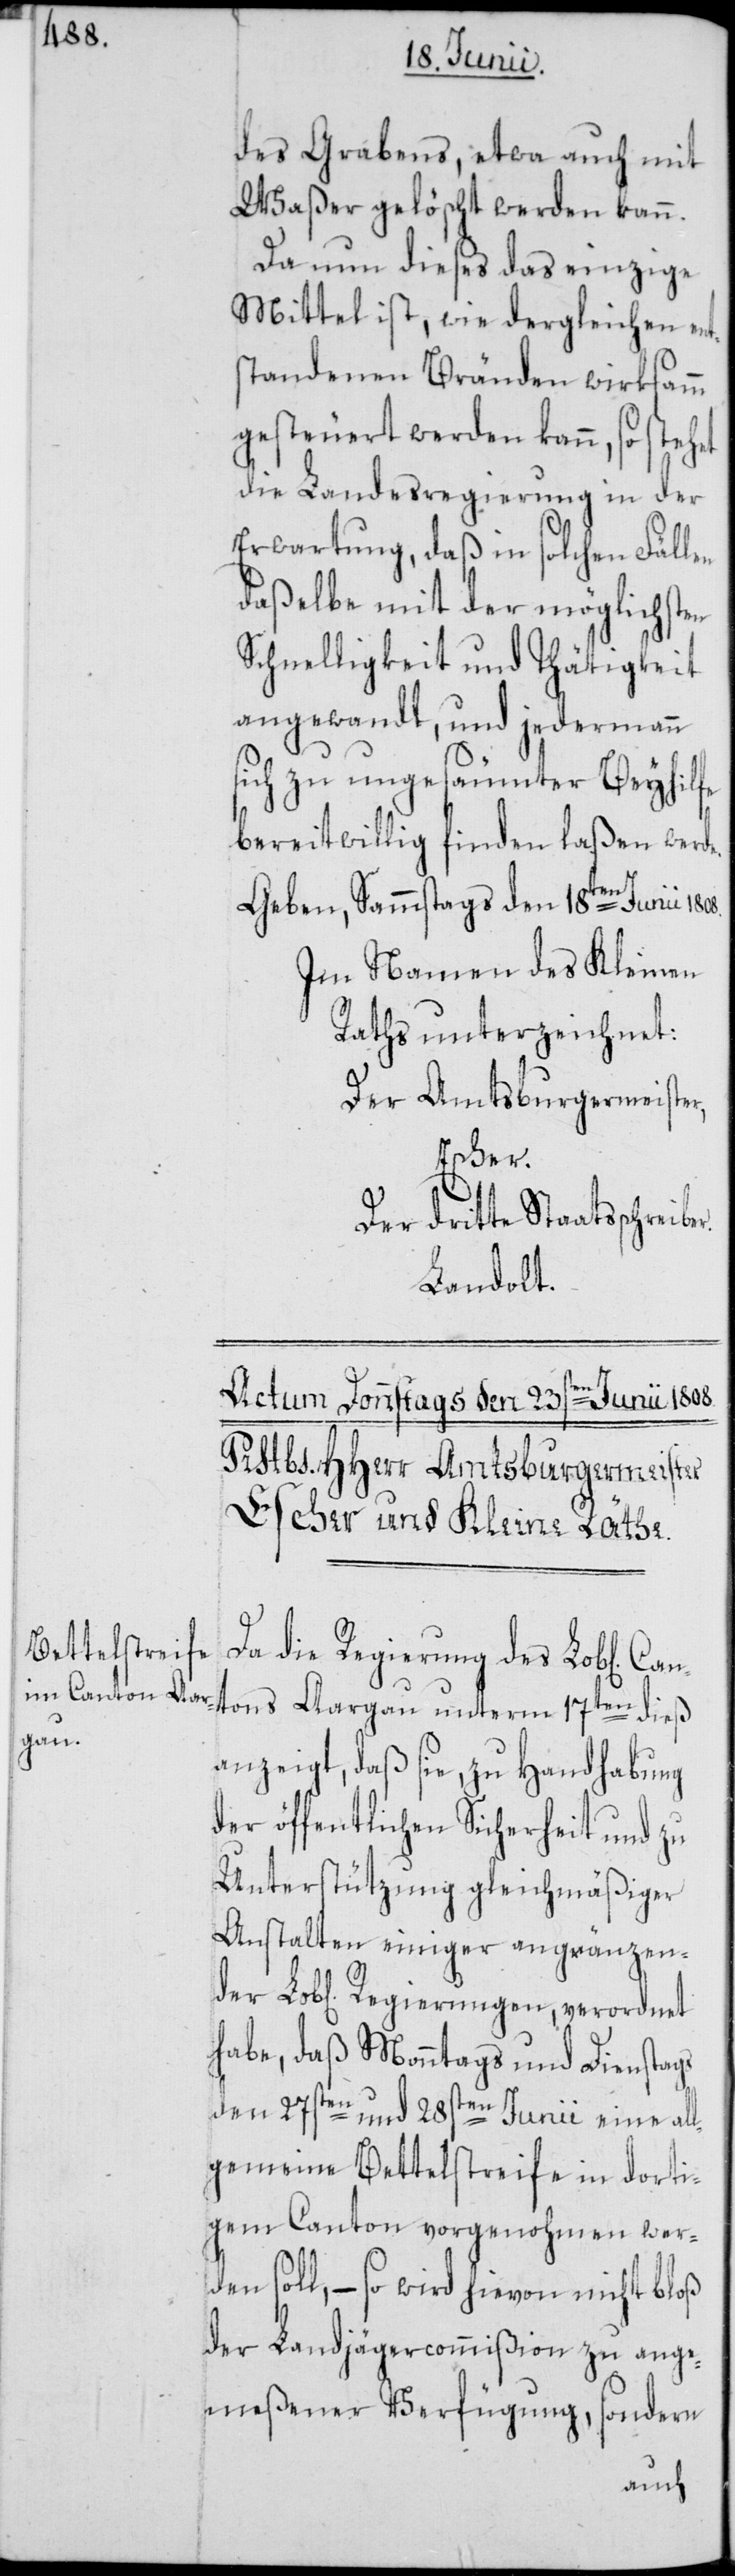
1808.

des Grabens, etwa auch mit
Waßer gelöscht werden kann.
Da nun dieses das einzige
Mittel ist, wie dergleichen ent¬
standenen Bränden wirksamm
gesteuert werden kann, so stehet
die Landesregierung in der
Erwartung, daß in solchen Fällen
daßelbe mit der möglichsten
Schnelligkeit und Thätigkeit
angewandt, und jedermann
sich zu ungesäumter Beyhilfe
bereitwillig finden laßen werde.
Geben, Sammstags den 18ten Junii
Im Namen des Kleinen
Raths unterzeichnet:
Der Amtsburgermeister,
der
Der dritte Staatsschreib¬
Landolt.
Da die Regierung des Lob[liche¬
n] Cantons Aargau unterm 17ten dieß
anzeigt, daß sie, zu Handhabung
der öffentlichen Sicherheit und zu
Unterstützung gleichmäßiger
Anstalten einiger angränzen¬
habe, daß Monntags und Dienstags
den 27sten und 28sten Junii eine all¬
gemeine Bettelstreife in dorti¬
gem Canton vorgenohmen wer¬
den soll, – so wird hievon nicht bloß
der Landjägercommißion zu ange¬
meßener Verfügung, sondern